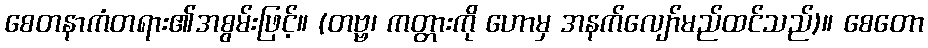
စေတနာကံတရား၏အစွမ်းဖြင့်။ (တဗ္ဗ၊ ကတ္တားကို ဟောမှ အနက်လျော်မည်ထင်သည်)။ စေတော